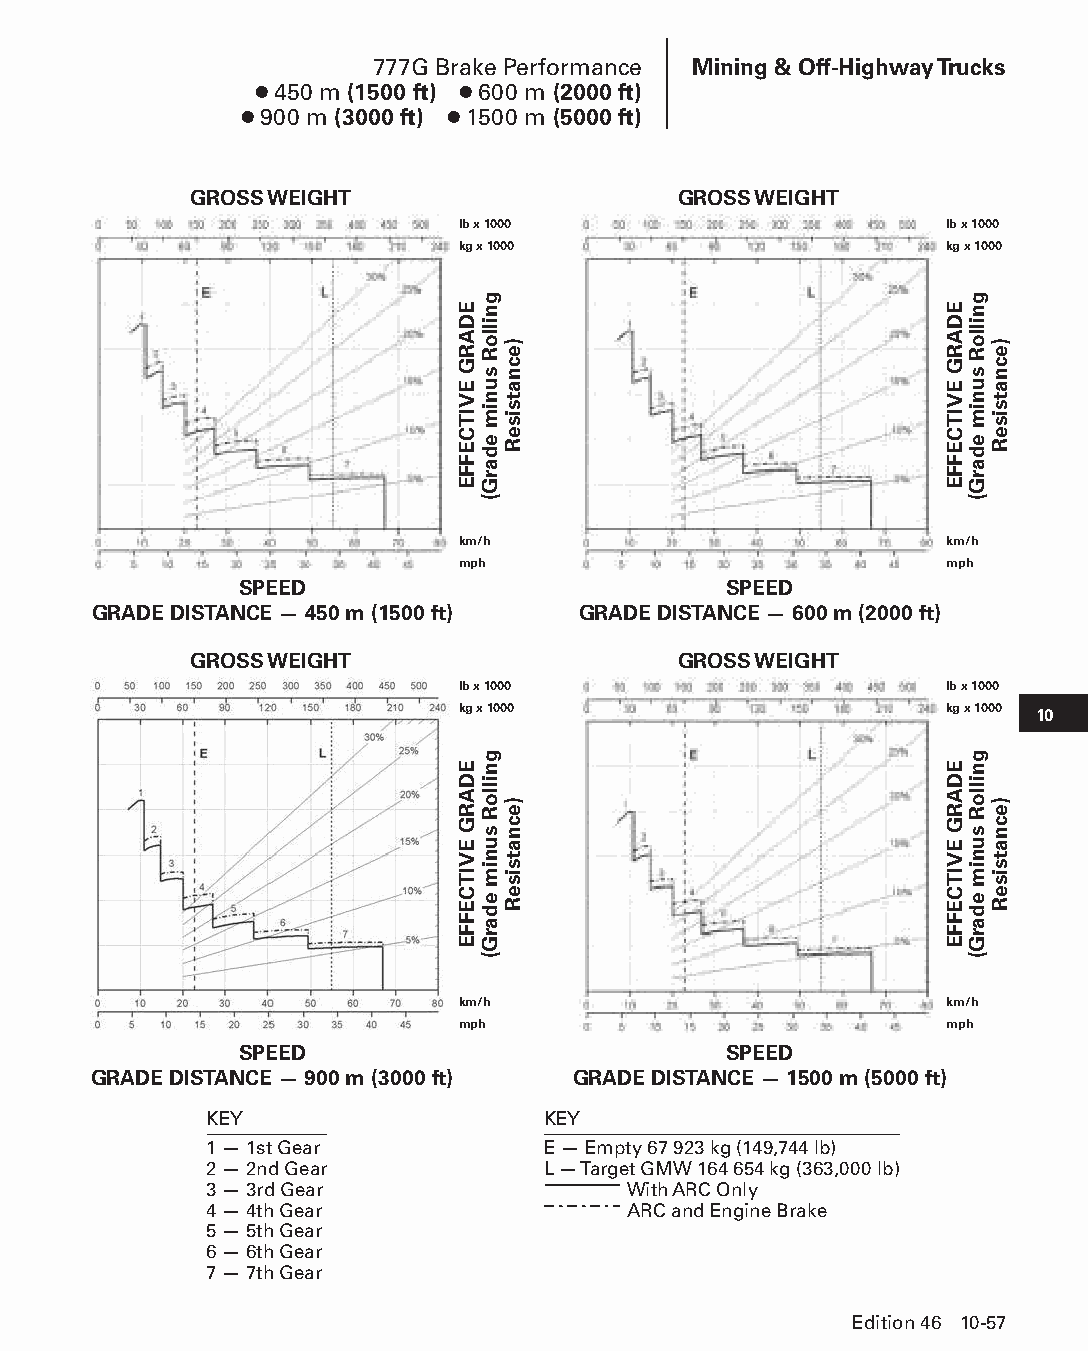
777G Brake Performance Mining & Off-Highway Trucks
 ● 450 m (1500 ft) ● 600 m (2000 ft)
 ● 900 m (3000 ft) ● 1500 m (5000 ft)
 GROSS WEIGHT                    GROSS WEIGHT
 lb x 1000                       lb x 1000
 kg x 1000                       kg x 1000
 km/h                            km/h
 mph                             mph
 SPEED                           SPEED
 GRADE DISTANCE — 450 m (1500 ft) GRADE DISTANCE — 600 m (2000 ft)
 GROSS WEIGHT                    GROSS WEIGHT
 lb x 1000                       lb x 1000
 kg x 1000                       kg x 1000 10
 km/h                            km/h
 mph                             mph
 SPEED                           SPEED
 GRADE DISTANCE — 900 m (3000 ft) GRADE DISTANCE — 1500 m (5000 ft)
 KEY                   KEY
 1 — 1st Gear          E — Empty 67 923 kg (149,744 lb)
 2 — 2nd Gear          L — Target GMW 164 654 kg (363,000 lb)
 3 — 3rd Gear                With ARC Only
 4 — 4th Gear                ARC and Engine Brake
 5 — 5th Gear
 6 — 6th Gear
 7 — 7th Gear
 Edition 46 10-57
 PPHHBB--SSeecc1100((ppgg5533--8844))..iinndddd 5577            1122//44//1155 1100::4455 AAMM
 EDARG
 EVITCEFFE
 EDARG
 EVITCEFFE
 gnilloR
 sunim
 edarG(
 gnilloR
 sunim
 edarG(
 )ecnatsiseR
 )ecnatsiseR
 EDARG
 EVITCEFFE
 EDARG
 EVITCEFFE
 gnilloR
 sunim
 edarG(
 gnilloR
 sunim
 edarG(
 )ecnatsiseR
 )ecnatsiseR